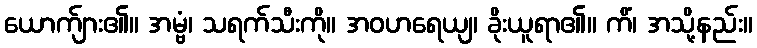
ယောက်ျား၏။ အမ္ဗံ၊ သရက်သီးကို။ အဝဟရေယျ၊ ခိုးယူရာ၏။ ကိံ၊ အသို့နည်း။